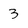
Character: 3